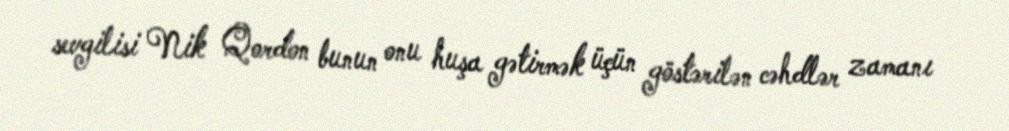
sevgilisi Nik Qordon bunun onu huşa gətirmək üçün göstərilən cəhdlər zamanı